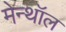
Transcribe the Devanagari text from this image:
मेन्थॉल